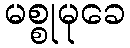
မစ္စုမုခေ